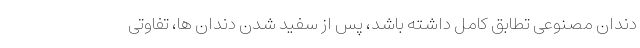
دندان مصنوعی تطابق کامل داشته باشد، پس از سفید شدن دندان ها، تفاوتی